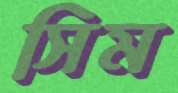
সিম